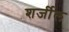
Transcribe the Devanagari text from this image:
शर्जील